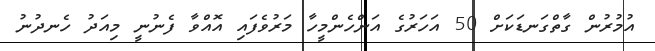
އުމުރުން ގާތްގަނޑަކަށް 50 އަހަރުގެ އަންހެންމީހާ މަރުވެފައި އޮއްވާ ފެނުނީ މިއަދު ހެނދުނު